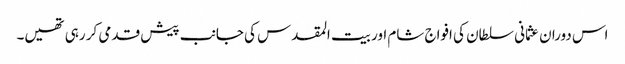
اس دوران عثمانی سلطان کی افواج شام اور بیت المقدس کی جانب پیش قدمی کر رہی تھیں۔